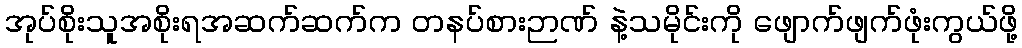
အုပ်စိုးသူအစိုးရအဆက်ဆက်က တနပ်စားဉာဏ် နဲ့သမိုင်းကို ဖျောက်ဖျက်ဖုံးကွယ်ဖို့